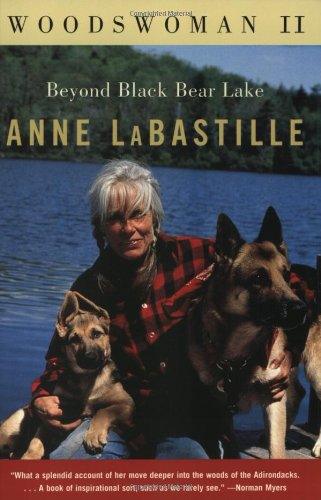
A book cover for Woodswoman II: Beyond Black Bear Lake; Anne Labastille; Biographies & Memoirs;